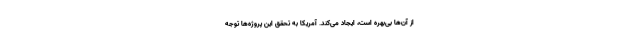
از آن‌ها بی‌بهره است، ایجاد می‌کند. آمریکا به تحقق این پروژه‌ها توجه